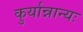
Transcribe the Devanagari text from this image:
कुर्यान्नान्यः